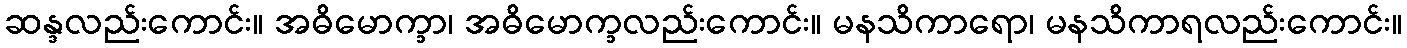
ဆန္ဒလည်းကောင်း။ အဓိမောက္ခာ၊ အဓိမောက္ခလည်းကောင်း။ မနသိကာရော၊ မနသိကာရလည်းကောင်း။